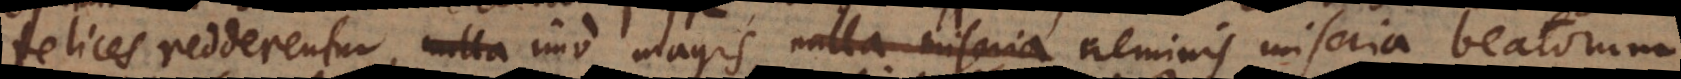
felices redderentur, nulla imo magis, nulla miseria neminis miseria beatorum